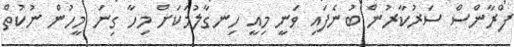
ފްރާންސް ސަރުކާރުން ބުނެފައި ވަނީ މިއީ ހިނގާލުމަކަށް މިހާ ގިނަ މީހުން ނުކުތް